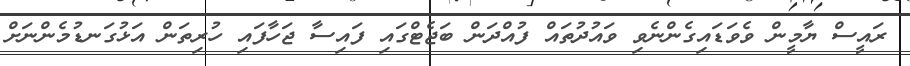
ރައީސް ޔާމީން ވެވަޑައިގެންނެވި ވައުދުތައް ފުއްދަން ބަޖެޓްގައި ފައިސާ ޖަހާފައި ހުރިތަން އަޅުގަނޑުމެންނަށް